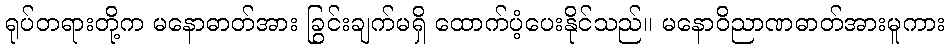
ရုပ်တရားတို့က မနောဓာတ်အား ခြွင်းချက်မရှိ ထောက်ပံ့ပေးနိုင်သည်။ မနောဝိညာဏဓာတ်အားမူကား